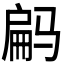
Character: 𱅝